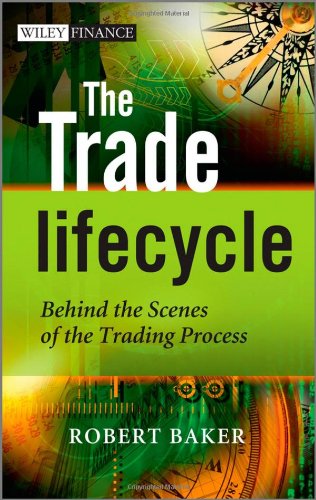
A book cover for The Trade Lifecycle: Behind the Scenes of the Trading Process; Robert P. Baker; Business & Money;